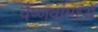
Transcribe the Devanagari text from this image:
वैष्णवांमध्ये